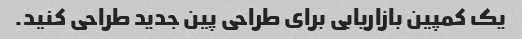
یک کمپین بازاریابی برای طراحی پین جدید طراحی کنید.